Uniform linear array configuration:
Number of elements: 24
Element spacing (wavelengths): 1
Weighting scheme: exponential
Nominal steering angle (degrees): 60
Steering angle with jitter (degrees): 61.3
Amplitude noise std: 0.05
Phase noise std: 0.05

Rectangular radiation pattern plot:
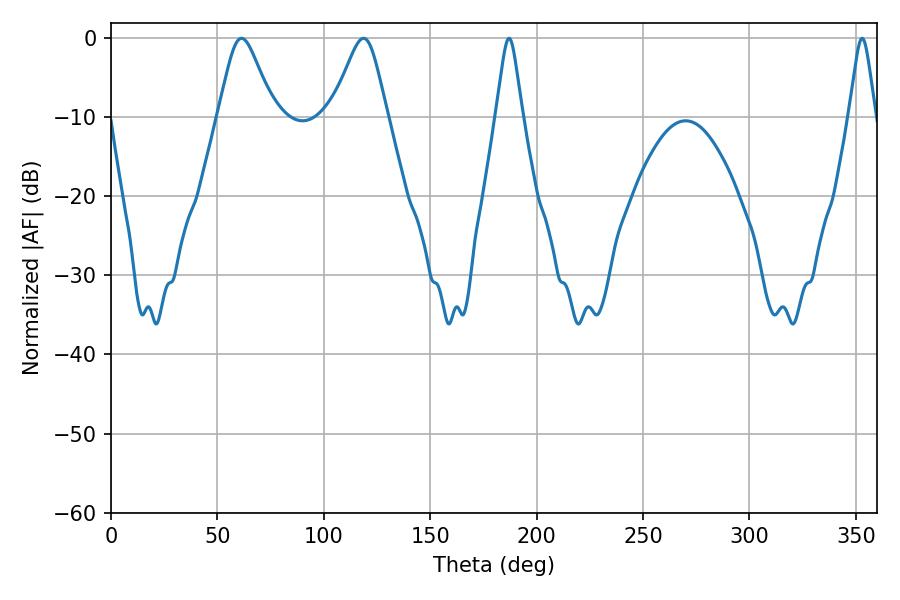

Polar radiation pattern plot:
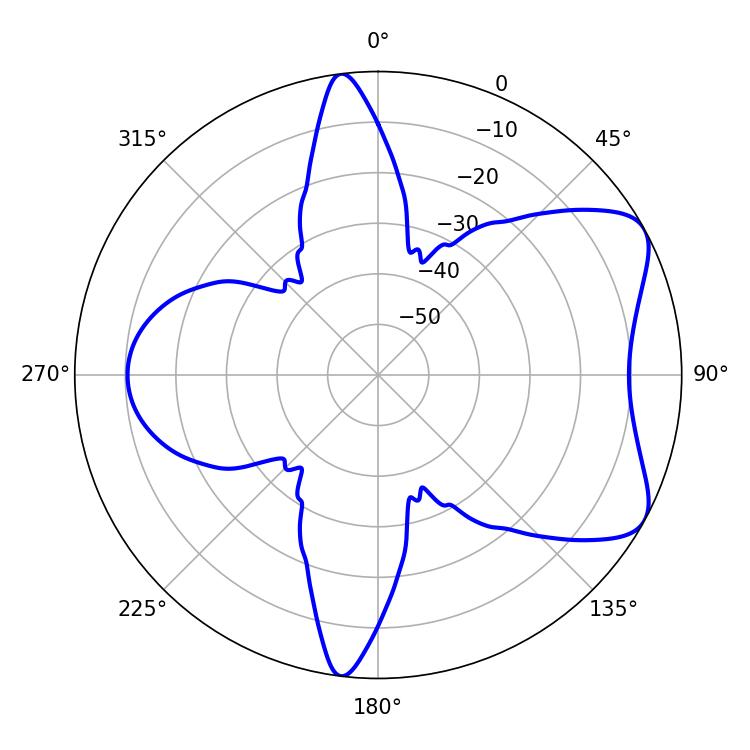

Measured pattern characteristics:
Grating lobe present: TRUE
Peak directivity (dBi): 6.74
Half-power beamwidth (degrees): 5.76
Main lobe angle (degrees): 187.02